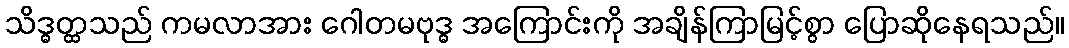
သိဒ္ဓတ္ထသည် ကမလာအား ဂေါတမဗုဒ္ဓ အကြောင်းကို အချိန်ကြာမြင့်စွာ ပြောဆိုနေရသည်။